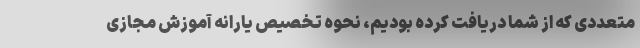
متعددی که از شما دریافت کرده بودیم، نحوه تخصیص یارانه آموزش مجازی